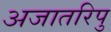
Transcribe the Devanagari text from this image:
अजातरिपु